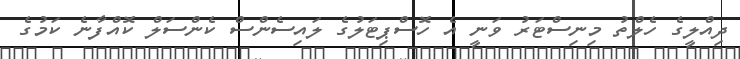
ދިއްލީގެ ހެލްތު މިނިސްޓަރު ވަނީ އެ ހޮސްޕިޓަލުގެ ލައިސެންސް ކެންސަލް ކޮއްފާނެ ކަމުގެ